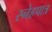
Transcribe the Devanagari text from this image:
स्नेहपात्र